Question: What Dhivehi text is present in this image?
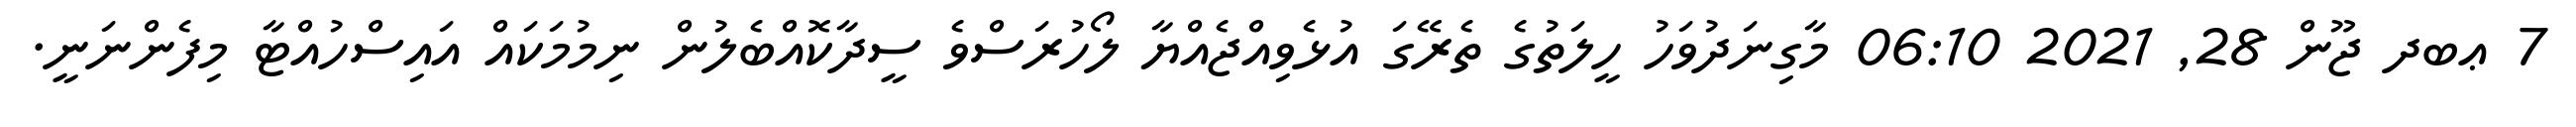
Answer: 7 ޢބދ ޖޫން 28, 2021 06:10 މާގިނަދުވަހު ހީލަތުގެ ތެރޭގަ އުޅެވިއްޖެއްޔާ ލޯހުރަސްވެ ސީދާކޮއްބެލުން ނިމުމަކައް އައިސްހުއްޓާ މިފެންނަނީ.